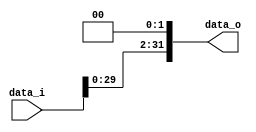
//109550073

//Subject:      CO project 2 - Shift_Left_Two_32
//--------------------------------------------------------------------------------
//Version:     1
//--------------------------------------------------------------------------------
//Description: 
//--------------------------------------------------------------------------------

module Shift_Left_Two_32(
    data_i,
    data_o
    );

//I/O ports                    
input [32-1:0] data_i;
output [32-1:0] data_o;

//shift left 2
assign data_o[31:2] = data_i[29:0] ;
assign data_o[ 1:0] = 2'b00 ;
endmodule